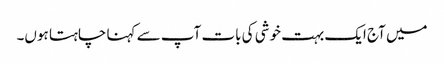
میں آج ایک بہت خوشی کی بات آپ سے کہنا چاہتا ہوں۔